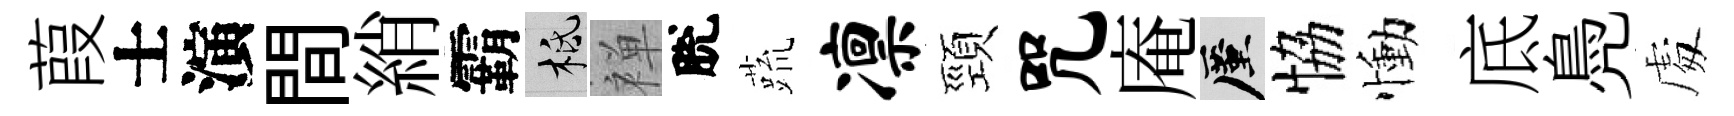
葭士演間綃霸柢禅脫蔬凛頸咒庵厪恊慟底鳧䖏